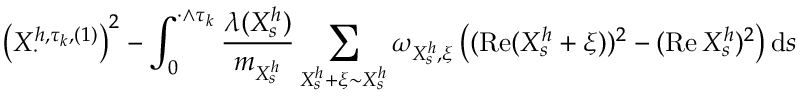
\left( X _ { \cdot } ^ { h , \tau _ { k } , ( 1 ) } \right) ^ { 2 } - \int _ { 0 } ^ { \cdot \wedge \tau _ { k } } \frac { \lambda ( X _ { s } ^ { h } ) } { m _ { X _ { s } ^ { h } } } \sum _ { X _ { s } ^ { h } + \xi \sim X _ { s } ^ { h } } \omega _ { X _ { s } ^ { h } , \xi } \left( ( \operatorname { R e } ( X _ { s } ^ { h } + \xi ) ) ^ { 2 } - ( \operatorname { R e } X _ { s } ^ { h } ) ^ { 2 } \right) \mathrm { d } s